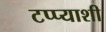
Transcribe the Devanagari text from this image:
टप्प्याशी